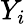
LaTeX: Y_{i}